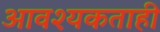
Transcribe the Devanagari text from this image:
आवश्यकताही